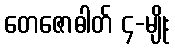
တေဇောဓါတ် ၄-မျိုး